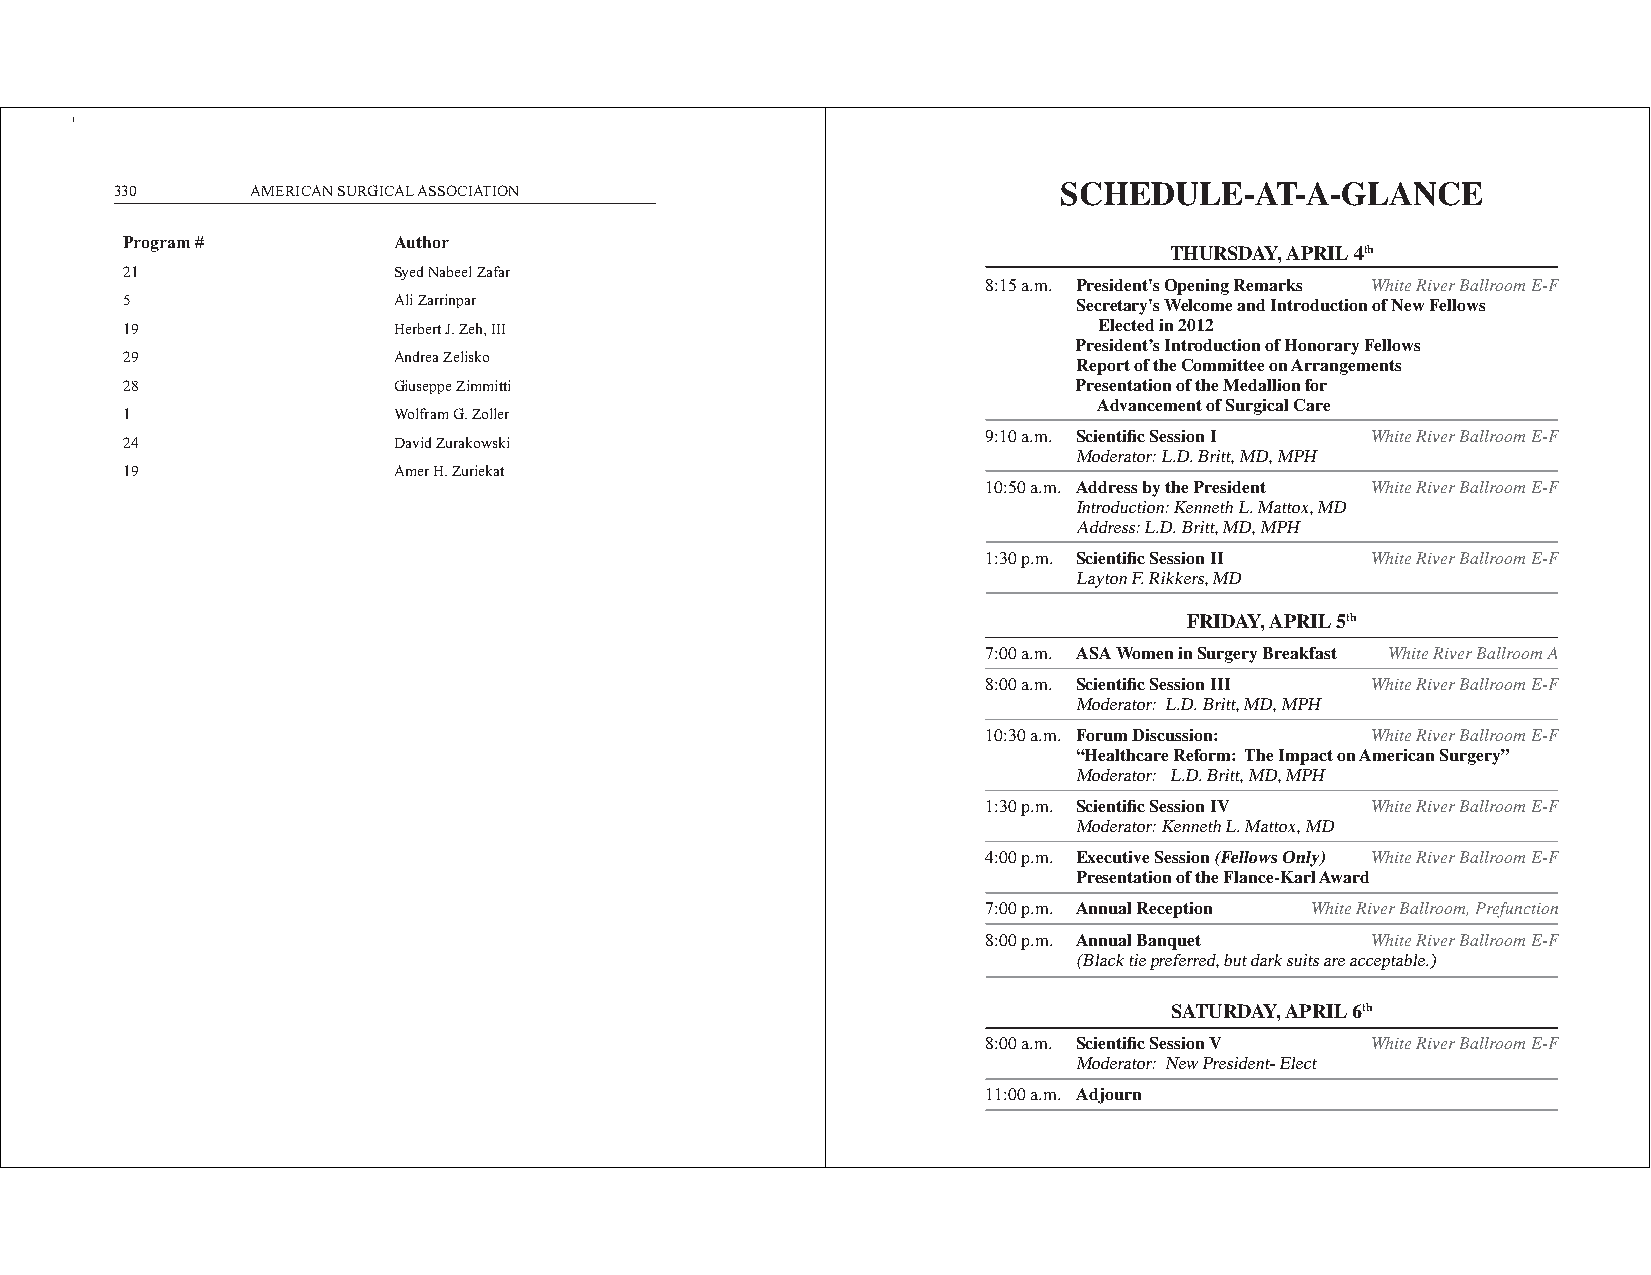
330      AMERICAN SURGICAL ASSOCIATION                        SCHEDULE-AT-A-GLANCE
 Program #         Author
 THURSDAY, APRIL 4th
 21                Syed Nabeel Zafar
 8:15 a.m. President's Opening Remarks White River Ballroom E-F
 5                 Ali Zarrinpar                                Secretary's Welcome and Introduction of New Fellows
 19                Herbert J. Zeh, III                            Elected in 2012
 President’s Introduction of Honorary Fellows
 29                Andrea Zelisko
 Report of the Committee on Arrangements
 28                Giuseppe Zimmitti                            Presentation of the Medallion for
 Advancement of Surgical Care
 1                 Wolfram G. Zoller
 9:10 a.m. Scientific Session I White River Ballroom E-F
 24                David Zurakowski
 Moderator: L.D. Britt, MD, MPH
 19                Amer H. Zuriekat
 10:50 a.m. Address by the President White River Ballroom E-F
 Introduction: Kenneth L. Mattox, MD
 Address: L.D. Britt, MD, MPH
 1:30 p.m. Scientific Session II White River Ballroom E-F
 Layton F. Rikkers, MD
 FRIDAY, APRIL 5th
 7:00 a.m. ASA Women in Surgery Breakfast White River Ballroom A
 8:00 a.m. Scientific Session III White River Ballroom E-F
 Moderator: L.D. Britt, MD, MPH
 10:30 a.m. Forum Discussion: White River Ballroom E-F
 “Healthcare Reform: The Impact on American Surgery”
 Moderator: L.D. Britt, MD, MPH
 1:30 p.m. Scientific Session IV White River Ballroom E-F
 Moderator: Kenneth L. Mattox, MD
 4:00 p.m. Executive Session (Fellows Only) White River Ballroom E-F
 Presentation of the Flance-Karl Award
 7:00 p.m. Annual Reception White River Ballroom, Prefunction
 8:00 p.m. Annual Banquet  White River Ballroom E-F
 (Black tie preferred, but dark suits are acceptable.)
 SATURDAY, APRIL 6th
 8:00 a.m. Scientific Session V White River Ballroom E-F
 Moderator: New President- Elect
 11:00 a.m. Adjourn